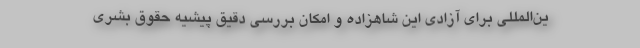
ین‌المللی برای آزادی این شاهزاده و امکان بررسی دقیق پیشیه حقوق بشری‌